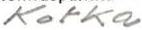
Kotka